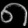
Digit: ၈